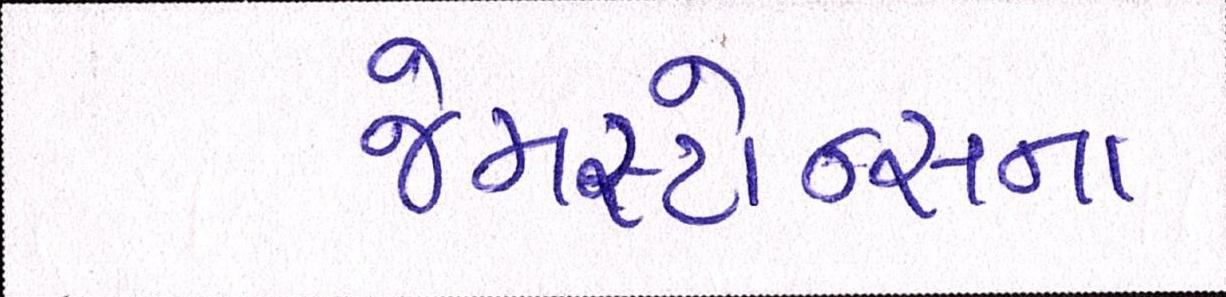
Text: જેમસ્ટોન્સના